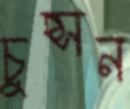
চুপ্‌সন